65_HS1-834228961_62-HQ-83894_Section_9
Agency: FBI
Page 56
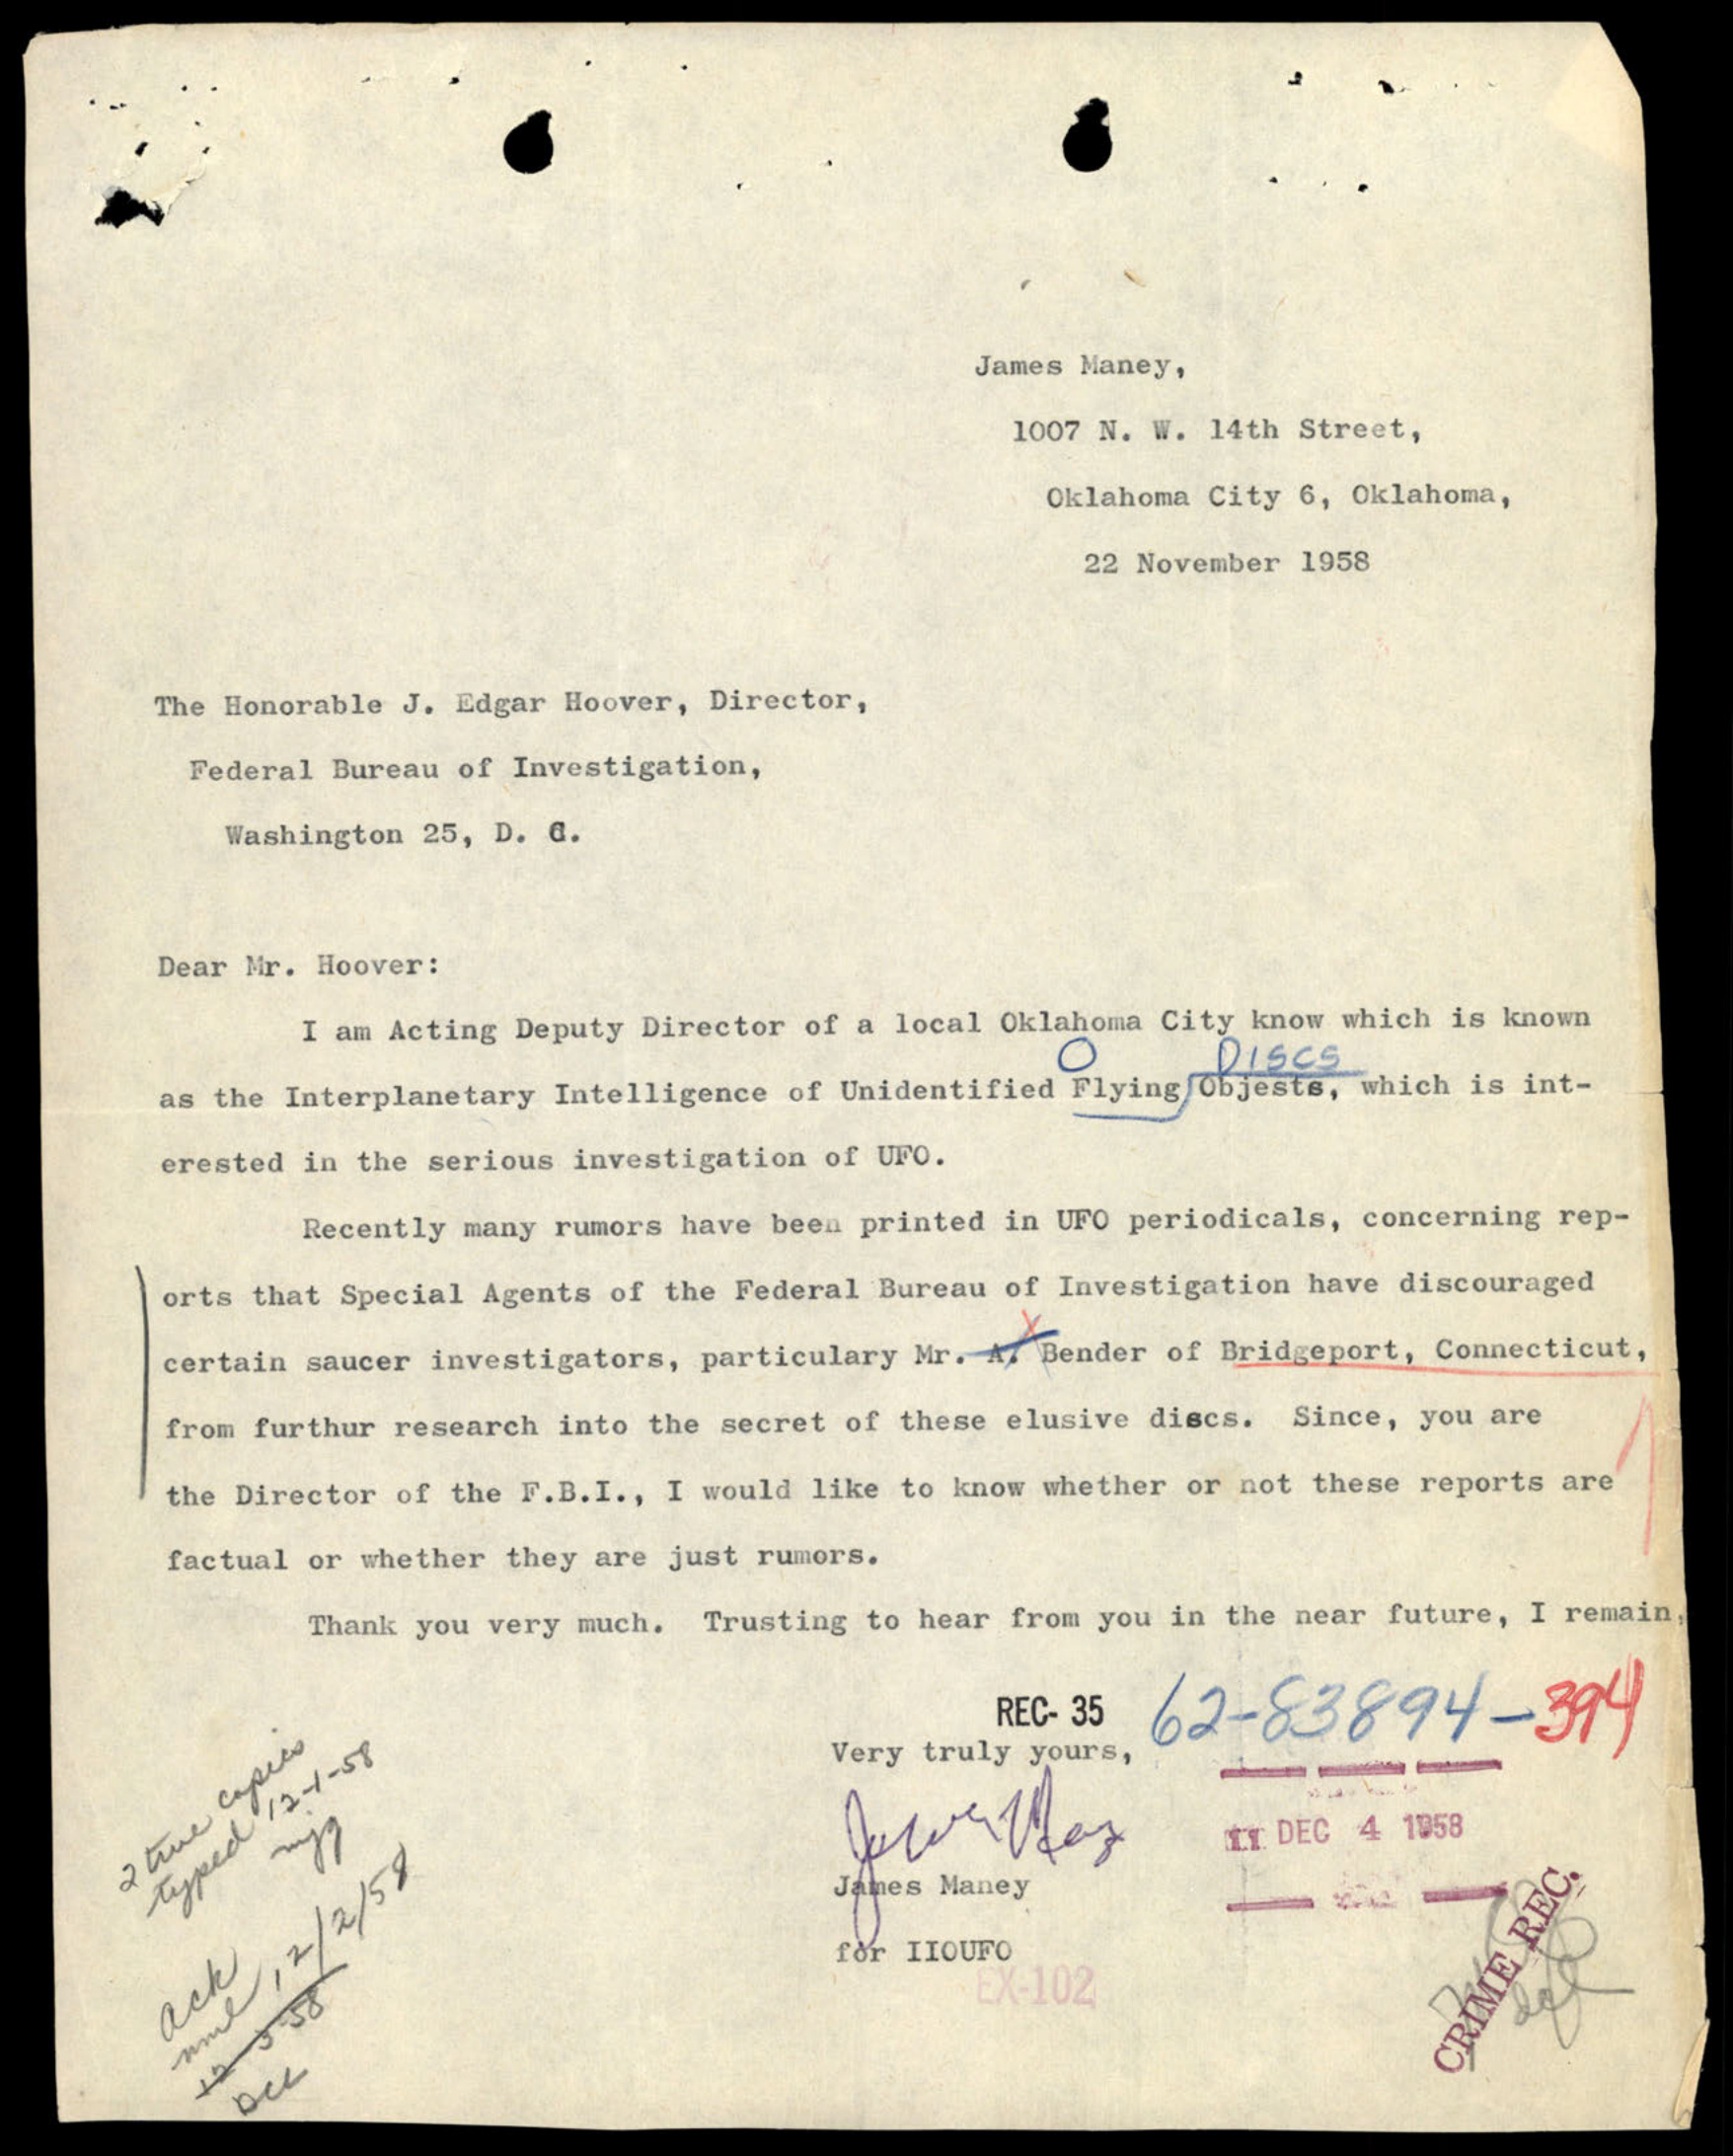